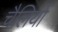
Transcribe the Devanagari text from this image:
चैलियों